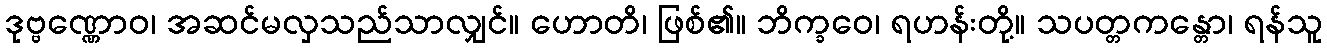
ဒုဗ္ဗဏ္ဏောဝ၊ အဆင်မလှသည်သာလျှင်။ ဟောတိ၊ ဖြစ်၏။ ဘိက္ခဝေ၊ ရဟန်းတို့။ သပတ္တကန္တော၊ ရန်သူ